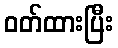
ဝတ်ထားပြီး